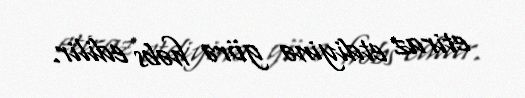
etiraz etdiyinə görə həbs edilir.